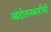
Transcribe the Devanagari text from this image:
आंदोलनकारीयों